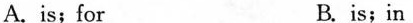
A .is; for B. is;i n